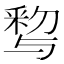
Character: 𨤒